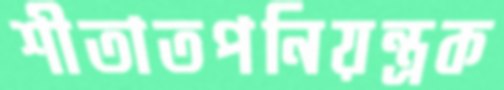
শীতাতপনিয়ন্ত্রক